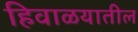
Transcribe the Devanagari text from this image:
हिवाळयातील